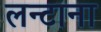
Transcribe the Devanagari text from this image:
लन्टाना